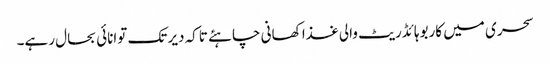
سحری میں کاربوہائڈریٹ والی غذا کھانی چاہئے تاکہ دیر تک توانائی بحال رہے۔